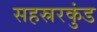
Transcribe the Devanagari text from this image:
सहस्ररकुंड